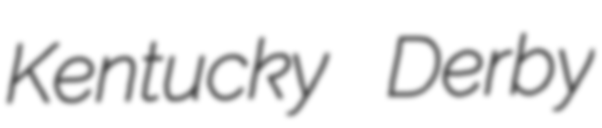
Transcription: Kentucky Derby